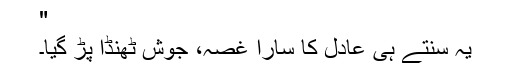
"
یہ سنتے ہی عادل کا سارا غصہ، جوش ٹھنڈا پڑ گیا۔